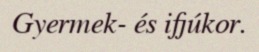
Gyermek- és ifjúkor.